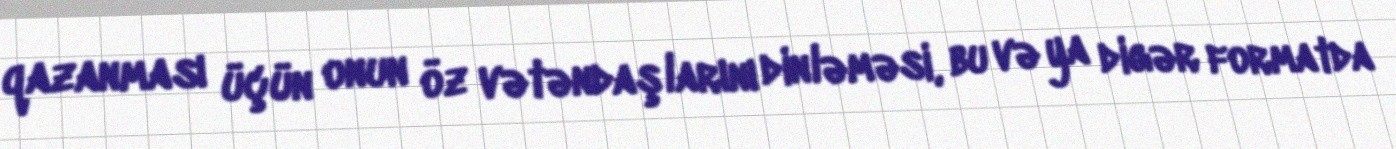
qazanması üçün onun öz vətəndaşlarını dinləməsi, bu və ya digər formatda